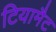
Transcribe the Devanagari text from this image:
टियामैट